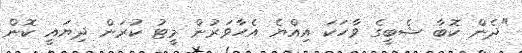
"ދެން ކޮބާ ޝެބީގެ ވާހަކަ އިއްޔެ އެހާވަރުން މީޓު ކުރަން ދިޔައީ ކޮން